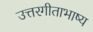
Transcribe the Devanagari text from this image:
उत्तरगीताभाष्य